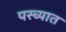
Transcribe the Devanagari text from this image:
पस्च्यात